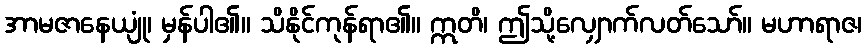
အာမဇာနေယျုံ၊ မှန်ပါ၏။ သိနိုင်ကုန်ရာ၏။ ဣတိ၊ ဤသို့လျှောက်လတ်သော်။ မဟာရာဇ၊